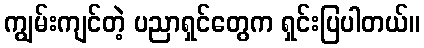
ကျွမ်းကျင်တဲ့ ပညာရှင်တွေက ရှင်းပြပါတယ်။